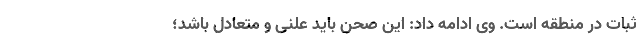
ثبات در منطقه است. وی ادامه داد: این صحن باید علنی و متعادل باشد؛